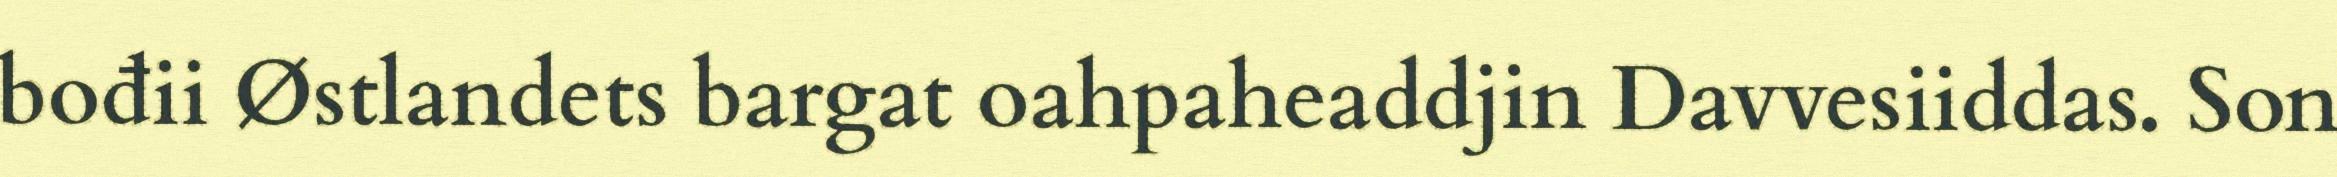
bođii Østlandets bargat oahpaheaddjin Davvesiiddas. Son